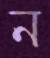
ন